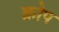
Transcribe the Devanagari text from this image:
क्रोप